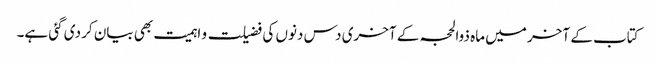
کتاب کے آخر میں ماہ ذوالحجہ کے آخری دس دنوں کی فضیلت و اہمیت بھی بیان کر دی گئی ہے۔